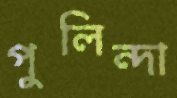
পুলিন্দা